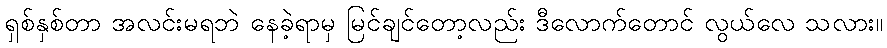
ရှစ်နှစ်တာ အလင်းမရဘဲ နေခဲ့ရာမှ မြင်ချင်တော့လည်း ဒီလောက်တောင် လွယ်လေ သလား။